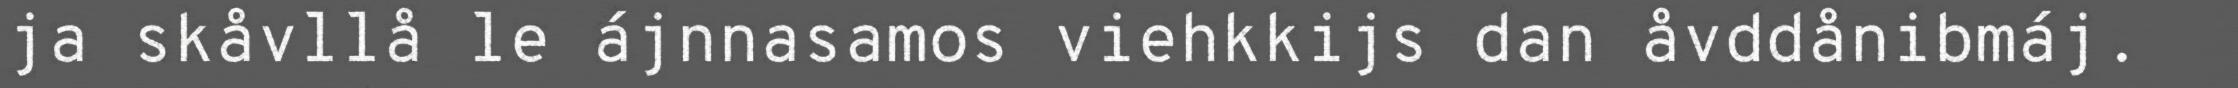
ja skåvllå le ájnnasamos viehkkijs dan åvddånibmáj.